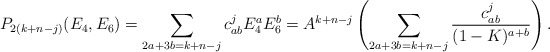
\begin{align*} P_{2(k + n-j)}(E_4,E_6) = \sum_{2a+3b = k+n-j}c_{ab}^j E_4^aE_6^b = A^{k+n-j}\left(\sum_{2a+3b = k+n-j}\frac{c_{ab}^j}{(1-K)^{a+b}}\right).\end{align*}